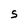
Character: S